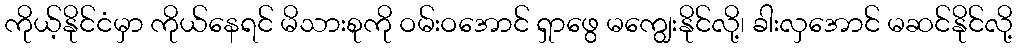
ကိုယ့်နိုင်ငံမှာ ကိုယ်နေရင် မိသားစုကို ဝမ်းဝအောင် ရှာဖွေ မကျွေးနိုင်လို့၊ ခါးလှအောင် မဆင်နိုင်လို့